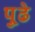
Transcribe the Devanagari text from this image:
पु्ढे